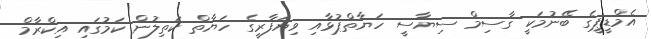
އެމްޑީޕީގެ ބޭނުމަކީ ގާސިމް ސިޔާސީ ހަޔާތްޕުޅާއި ވިޔަފާރީގެ ހަޔާތް ކަތިލުން ކަމުގައި އިކްރާމް